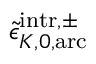
\tilde { \epsilon } _ { K , 0 , \mathrm { a r c } } ^ { \mathrm { i n t r } , \pm }